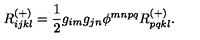
R _ { i j k l } ^ { ( + ) } = \frac { 1 } { 2 } g _ { i m } g _ { j n } \phi ^ { m n p q } R _ { p q k l } ^ { ( + ) } .